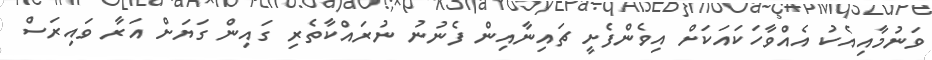
ވަނުމާއިއެކު އެއްވާހަކައަކަށް އިވެންފެށީ ޗައިނާއިން ފެނުނު ނުރައްކާތެރި ގައިން ގަޔަށް އަރާ ވައިރަސް